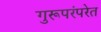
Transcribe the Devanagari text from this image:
गुरूपरंपरेत